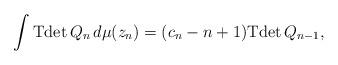
LaTeX: \begin{align*}\int {\rm Tdet}\, Q_n \, d\mu(z_n) = (c_n-n+1) {\rm Tdet}\, Q_{n-1},\end{align*}